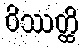
ဝိဿတ္ထိ